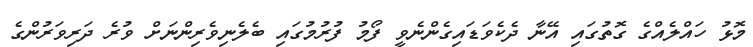
މޮޅު ހައްލެއްގެ ގޮތުގައި އޭނާ ދެކެވަޑައިގެންނެވީ ފޯމު ފުރުމުގައި ބެލެނިވެރިންނަށް ވުރެ ދަރިވަރުންގެ